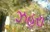
ઝહરા